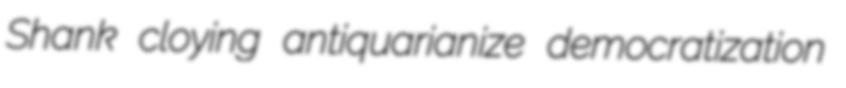
Shank cloying antiquarianize democratization